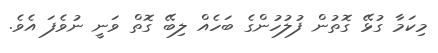
މިކަމާ ގުޅޭ ގޮތުން ފުލުހުންގެ ބަހެއް ލިބޭ ގޮތް ވަނީ ނުވެފަ އެވެ.